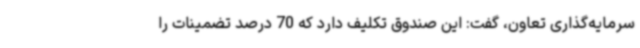
سرمایه‌گذاری تعاون، گفت: این صندوق تکلیف دارد که 70 درصد تضمینات را